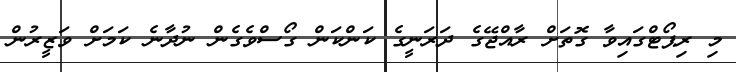
މި ރިޕޯޓްގައިވާ ގޮތަށް ރާއްޖޭގެ ދަރަނީގެ ކަންކަން ގޯސްވެގެން ނުދާނެ ކަމަށް ވަޒީރުން